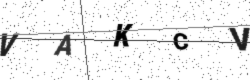
Text: VAKCV